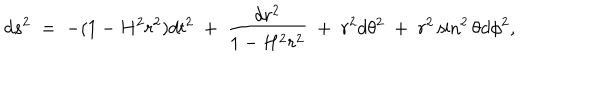
d s ^ { 2 } \; = \; - ( 1 - H ^ { 2 } r ^ { 2 } ) d t ^ { 2 } \; + \; \frac { d r ^ { 2 } } { 1 - H ^ { 2 } r ^ { 2 } } \; + \; r ^ { 2 } d \theta ^ { 2 } \; + \; r ^ { 2 } \sin ^ { 2 } \theta d \phi ^ { 2 } ,